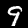
Label: 9